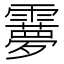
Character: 𩆠